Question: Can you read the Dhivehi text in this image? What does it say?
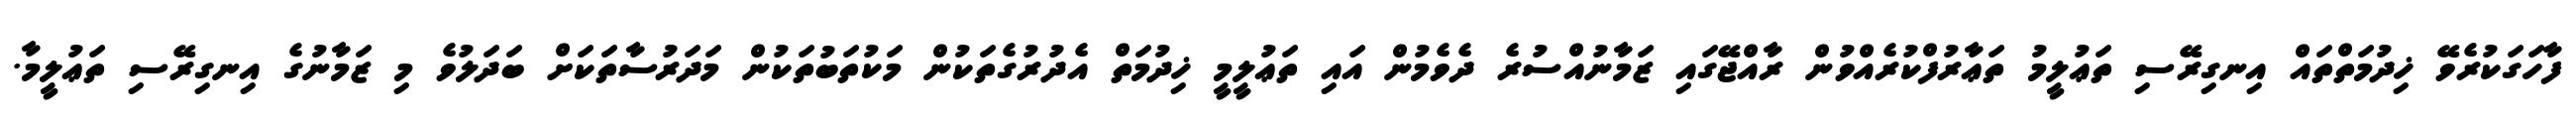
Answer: ފާހަގަކުރެވޭ ޚިދުމަތްތައް އިނގިރޭސި ތަޢުލީމު ތަޢާރުފްކުރެއްވުން ރާއްޖޭގައި ޒަމާނުއްސުރެ ދެވެމުން އައި ތަޢުލީމީ ޚިދުމަތް އެދުރުގެތަކުން މަކުތަބުތަކުން މަދަރުސާތަކަށް ބަދަލުވެ މި ޒަމާނުގެ އިނގިރޭސި ތަޢުލީމާ.